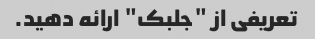
تعریفی از "جلبک" ارائه دهید.